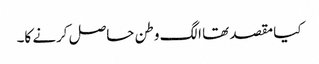
کیا مقصد تھا الگ وطن حاصل کرنے کا۔